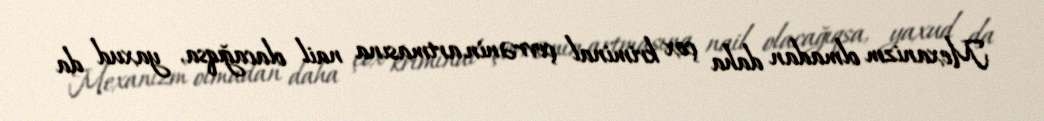
Mexanizm olmadan daha çox kriminal çevrənin artmasına nail olacağıqsa, yaxud da